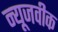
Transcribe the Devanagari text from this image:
न्‍यूजवीक